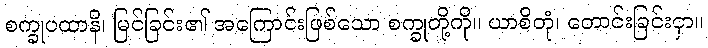
စက္ခုပထာနိ၊ မြင်ခြင်း၏ အကြောင်းဖြစ်သော စက္ခုတို့ကို။ ယာစိတုံ၊ တောင်းခြင်းငှာ။